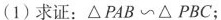
(1)求证：$$\triangle PABC\sim\triangle PBC$$；